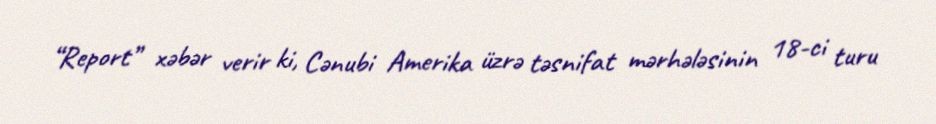
“Report” xəbər verir ki, Cənubi Amerika üzrə təsnifat mərhələsinin 18-ci turu